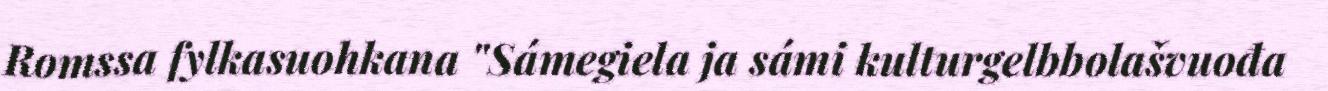
Romssa fylkasuohkana "Sámegiela ja sámi kulturgelbbolašvuođa